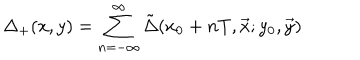
\Delta _ { + } ( x , y ) = \sum _ { n = - \infty } ^ { \infty } \tilde { \Delta } ( x _ { 0 } + n T , \vec { x } ; y _ { 0 } , \vec { y } )